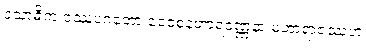
ဒသာဓိကံ ဝဿူပဂတော ဝေဝစနဟာရဝဏ္ဏနာ မဟာရာဇဿဟံ